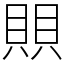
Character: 賏